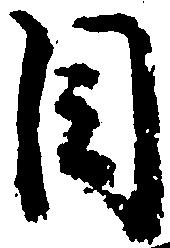
目